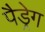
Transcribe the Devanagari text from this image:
पैड्रेग